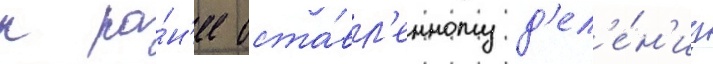
к ра́н'ее оста́вл'енному д'ел'е́н'иу